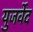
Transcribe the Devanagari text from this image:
युजर्वेद